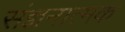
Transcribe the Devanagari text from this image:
संज्ञनात्मक